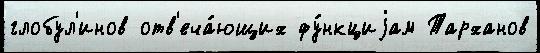
глобул'инов отв'еча́ющих фу́нкциjам Тарханов